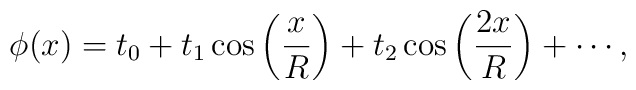
\phi (x) = t_0  + t_1 \cos \left({\frac{x} {R}} \right) + t_2 \cos \left( {\frac{{2x}} {R}} \right)+  \cdots,